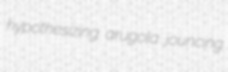
hypothesizing arugola jouncing